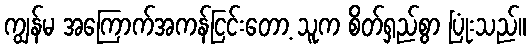
ကျွန်မ အကြောက်အကန်ငြင်းတော့ သူက စိတ်ရှည်စွာ ပြုံးသည်။